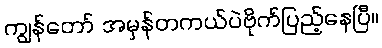
ကျွန်တော် အမှန်တကယ်ပဲဗိုက်ပြည့်နေပြီ။